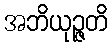
အဘိယုဉ္ဇတိ